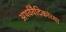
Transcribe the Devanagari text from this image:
अथर्ववैदिकांच्या